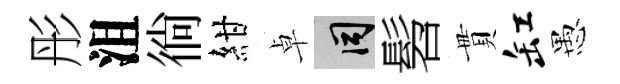
彤沮徜紺卓间髫貫缸愚